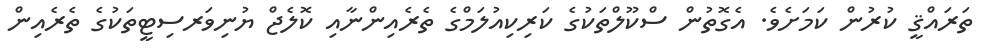
ތަރައްޤީ ކުރުން ކަމަށެވެ. އެގޮތުން ސްކޫލްތަކުގެ ކަރިކިއުލަމްގެ ތެރެއިންނާއި ކޮލެޖް ޔުނިވަރސިޓީތަކުގެ ތެރެއިން